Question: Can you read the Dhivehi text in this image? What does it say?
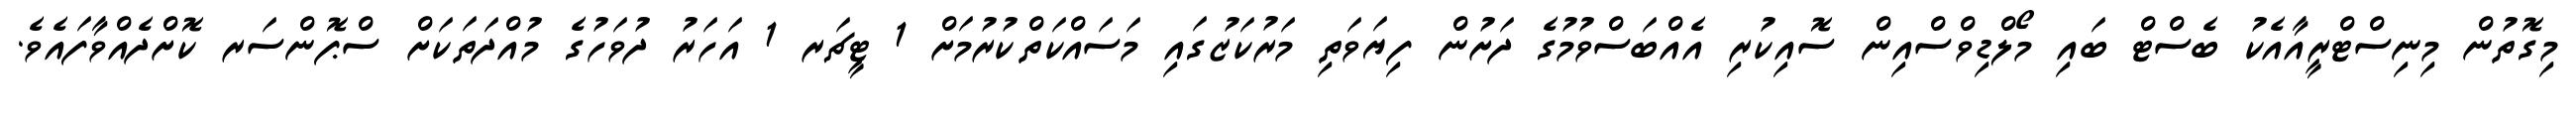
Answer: މިގޮތުން މިނިސްޓްރީއާއެކު ބެސްޓް ބައި މޯލްޑިވްސްއިން ސޮއިކުރި އެއްބަސްވުމުގެ ދަށުން ފިޔަވަތި މަރުކަޒުގައި މަސައްކަތްކުރުމަށް 1 ޓީޗަރ 1 އަހަރު ދުވަހުގެ މުއްދަތަކަށް ސްޕޮންސަރ ކޮށްދެއްވާފައެވެ.